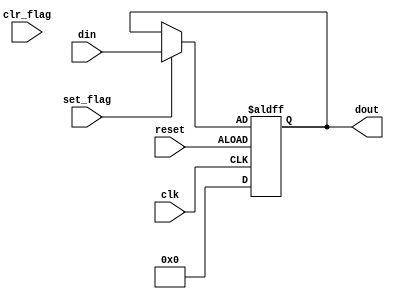
module flag_buf
    #(parameter W = 8)

(
    input wire clk, reset,
    input wire clr_flag, set_flag,
    input wire [W-1:0] din,
    output wire [W-1:0] dout
);

reg [W-1:0] buf_reg, buf_next;
reg flag_reg, flag_next;

always @(posedge clk, posedge reset) 
    if (reset==1'b0)
        begin
          buf_reg <= 0;
          flag_reg =1'b0;
        end
    else
        begin
            buf_reg <= buf_next;
            flag_reg <= flag_next;
        end
always @*
    begin
        buf_next = buf_reg;
        flag_next = flag_reg;
        if (set_flag)
            begin
                buf_next = din;
                flag_next = 1'b0;
            end
        else if (clr_flag)
            flag_next = 1'b0;
    end
assign dout = buf_reg;
assign flag = flag_reg;
endmodule